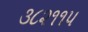
૩૮૨૧૧૫